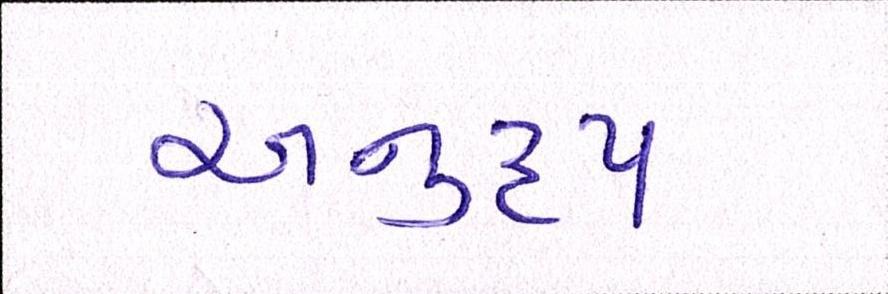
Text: અનુરૃપ